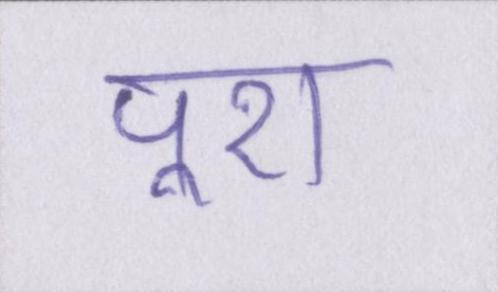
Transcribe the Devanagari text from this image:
पूरा